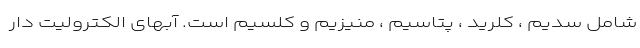
شامل سدیم ، کلرید ، پتاسیم ، منیزیم و کلسیم است. آبهای الکترولیت دار